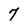
Character: 7